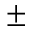
\pm